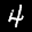
Label: 4